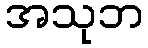
အသုဘ